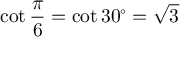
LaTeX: \cot { \frac { \pi } { 6 } } = \cot 3 0 ^ { \circ } = { \sqrt { 3 } }